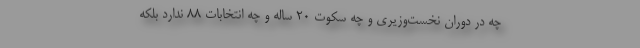
چه در دوران نخست‌وزیری و چه سکوت 20 ساله و چه انتخابات 88 ندارد بلکه